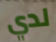
لدي